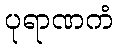
ပုရာဏကံ